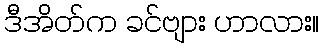
ဒီအိတ်က ခင်ဗျား ဟာလား။